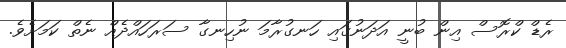
ރެޑް ކްރޮސް އިން ބުނީ އަދަނުގައި ހަނގުރާމަ ނުހިނގާ ސަރަހައްދެއް ނެތް ކަމަށެވެ.